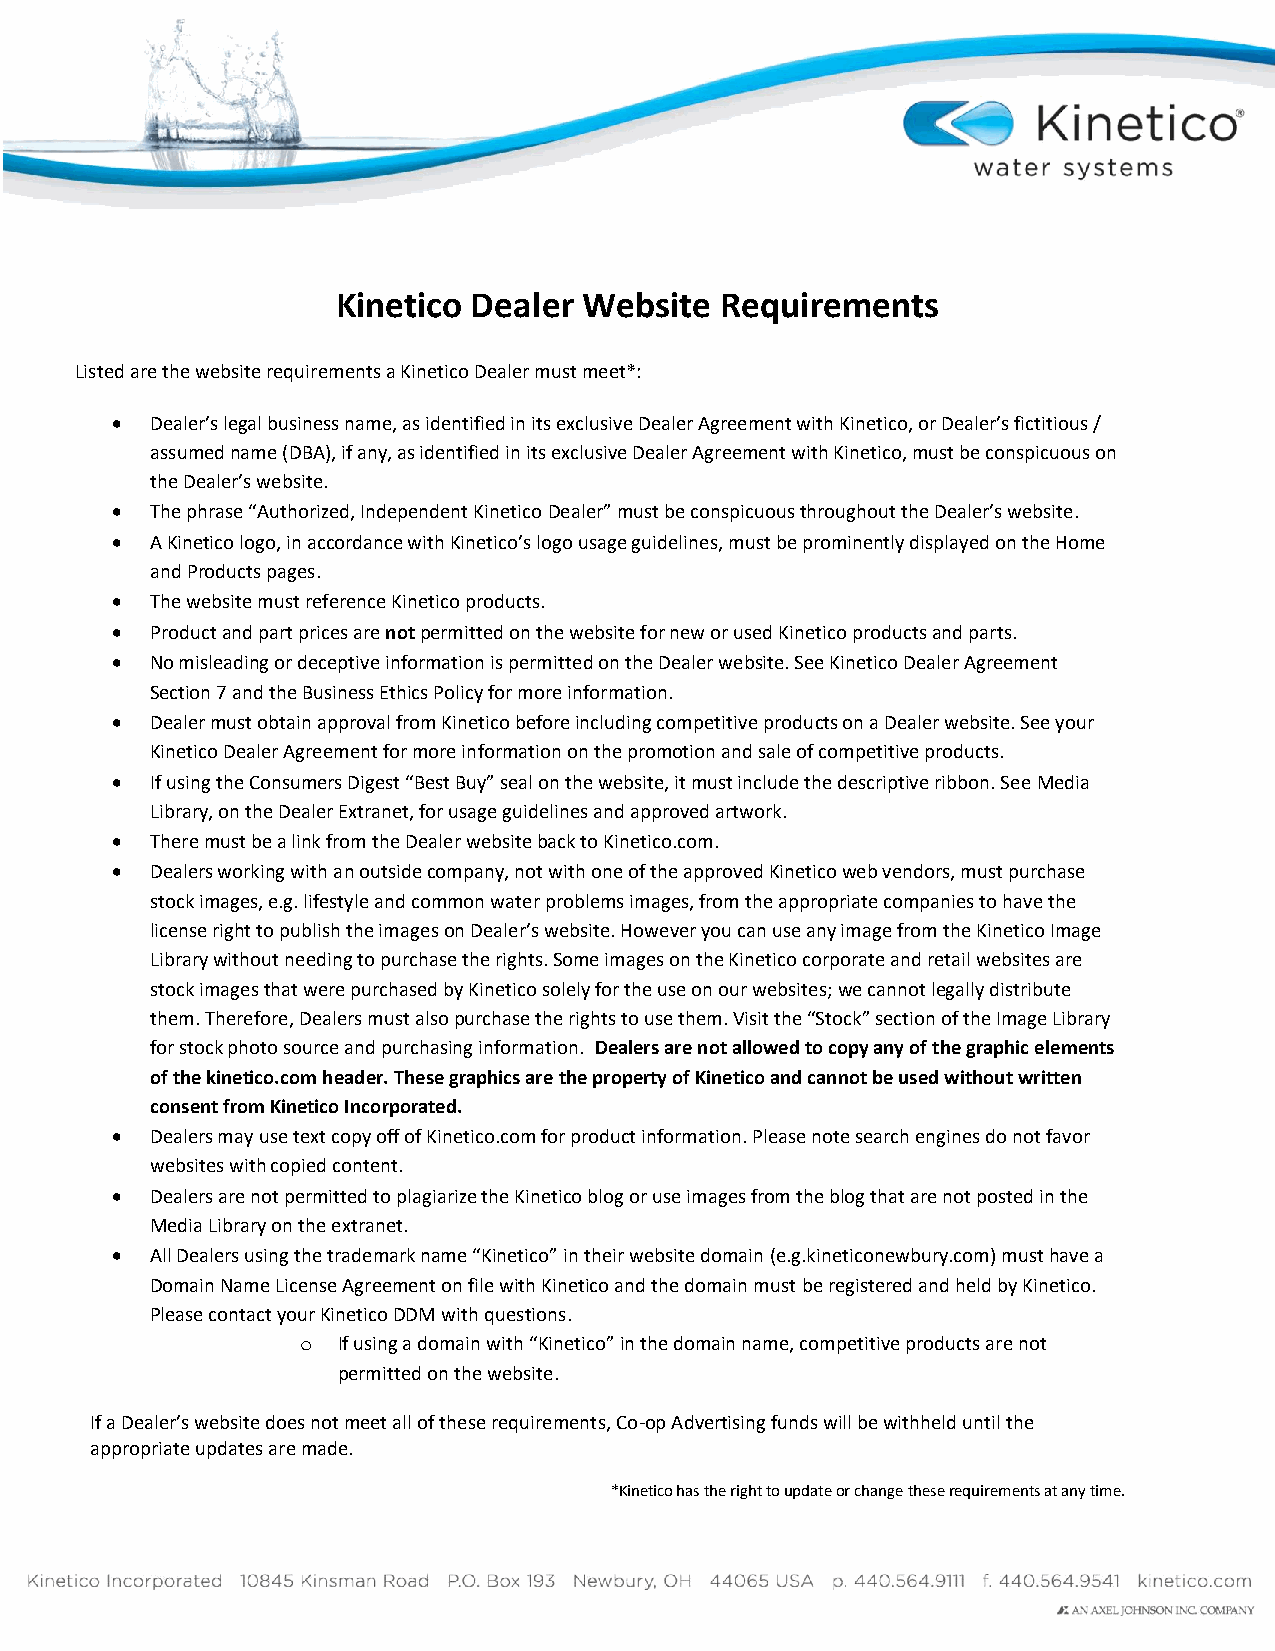
Kinetico Dealer  Website  Requirements
 Listed are the website requirements a Kinetico Dealer must meet*:
 •  Dealer’s legal business name, as identified in its exclusive Dealer Agreement with Kinetico, or Dealer’s fictitious /
 assumed name (DBA), if any, as identified in its exclusive Dealer Agreement with Kinetico, must be conspicuous on
 the Dealer’s website.
 •  The phrase “Authorized, Independent Kinetico Dealer” must be conspicuous throughout the Dealer’s website.
 •  A Kinetico logo, in accordance with Kinetico’s logo usage guidelines, must be prominently displayed on the Home
 and Products pages.
 •  The website must reference Kinetico products.
 •  Product and part prices are not permitted on the website for new or used Kinetico products and parts.
 •  No misleading or deceptive information is permitted on the Dealer website. See Kinetico Dealer Agreement
 Section 7 and the Business Ethics Policy for more information.
 •  Dealer must obtain approval from Kinetico before including competitive products on a Dealer website. See your
 Kinetico Dealer Agreement for more information on the promotion and sale of competitive products.
 •  If using the Consumers Digest “Best Buy” seal on the website, it must include the descriptive ribbon. See Media
 Library, on the Dealer Extranet, for usage guidelines and approved artwork.
 •  There must be a link from the Dealer website back to Kinetico.com.
 •  Dealers working with an outside company, not with one of the approved Kinetico web vendors, must purchase
 stock images, e.g. lifestyle and common water problems images, from the appropriate companies to have the
 license right to publish the images on Dealer’s website. However you can use any image from the Kinetico Image
 Library without needing to purchase the rights. Some images on the Kinetico corporate and retail websites are
 stock images that were purchased by Kinetico solely for the use on our websites; we cannot legally distribute
 them. Therefore, Dealers must also purchase the rights to use them. Visit the “Stock” section of the Image Library
 for stock photo source and purchasing information. Dealers are not allowed to copy any of the graphic elements
 of the kinetico.com header. These graphics are the property of Kinetico and cannot be used without written
 consent from Kinetico Incorporated.
 •  Dealers may use text copy off of Kinetico.com for product information. Please note search engines do not favor
 websites with copied content.
 •  Dealers are not permitted to plagiarize the Kinetico blog or use images from the blog that are not posted in the
 Media Library on the extranet.
 •  All Dealers using the trademark name “Kinetico” in their website domain (e.g.kineticonewbury.com) must have a
 Domain Name License Agreement on file with Kinetico and the domain must be registered and held by Kinetico.
 Please contact your Kinetico DDM with questions.
 o If using a domain with “Kinetico” in the domain name, competitive products are not
 permitted on the website.
 If a Dealer’s website does not meet all of these requirements, Co-op Advertising funds will be withheld until the
 appropriate updates are made.
 *Kinetico has the right to update or change these requirements at any time.